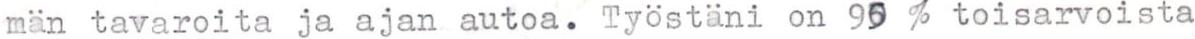
män tavaroita ja ajan autoa. Työstäni on 95 % toisarvoista